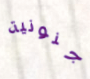
جنونية